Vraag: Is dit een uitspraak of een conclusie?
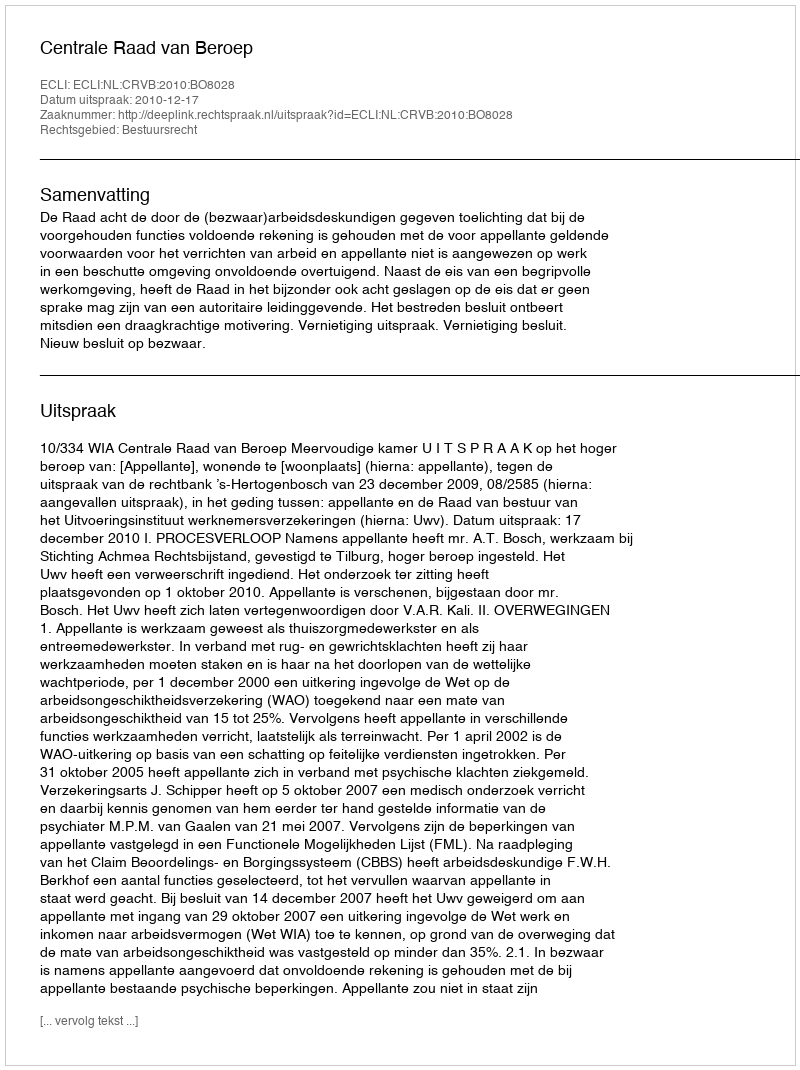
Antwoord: Uitspraak